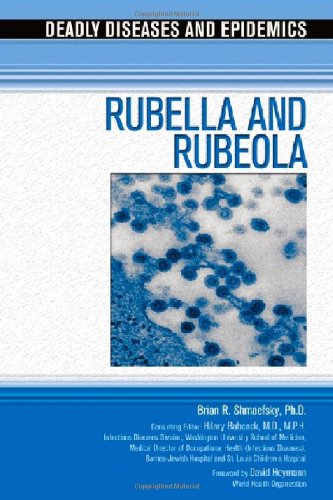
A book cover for Rubella and Rubeola (Deadly Diseases and Epidemics); Brian R. Shmaefsky; Teen & Young Adult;